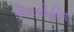
પીડાવીહીન